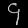
Digit: ၄